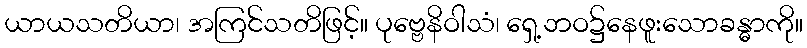
ယာယသတိယာ၊ အကြင်သတိဖြင့်။ ပုဗ္ဗေနိဝါသံ၊ ရှေ့ဘဝ၌နေဖူးသောခန္ဓာကို။